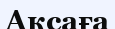
Аксаға